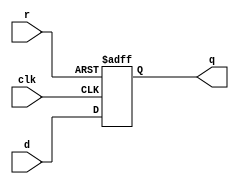
//delay cell
module delay_cell(d, q, r, clk);
    parameter BITS=4;
    input r, clk;
    input [BITS-1:0]d;
    output [BITS-1:0]q;
    
    reg [BITS-1:0]q;
    
    always@(posedge clk or negedge r) begin
        if(!r) begin
            q=0;
        end
        else begin
            q=d;
        end
    end
endmodule